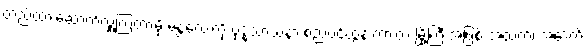
တည်ထားဆောက်လှူကြတာမို့ မန္တလေးကို ဗုဒ္ဓသာသနာ စည်ပင်ထွန်းကားတဲ့ မြို့ကြီးအဖြစ် အထက်၊ အောက်